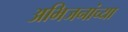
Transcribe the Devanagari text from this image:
अभिजनांच्या